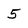
Character: 5